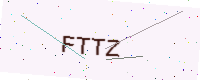
Text: FTTZ